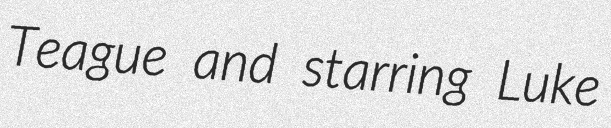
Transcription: Teague and starring Luke